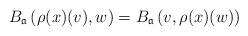
LaTeX: \begin{align*}B_{\mathfrak{a}}\left( \rho(x)(v),w\right)& =B_{\mathfrak{a}}\left( v,\rho(x)(w)\right)\end{align*}